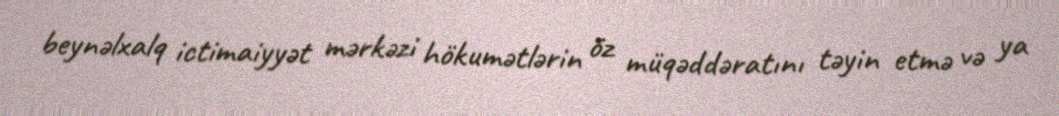
beynəlxalq ictimaiyyət mərkəzi hökumətlərin öz müqəddəratını təyin etmə və ya